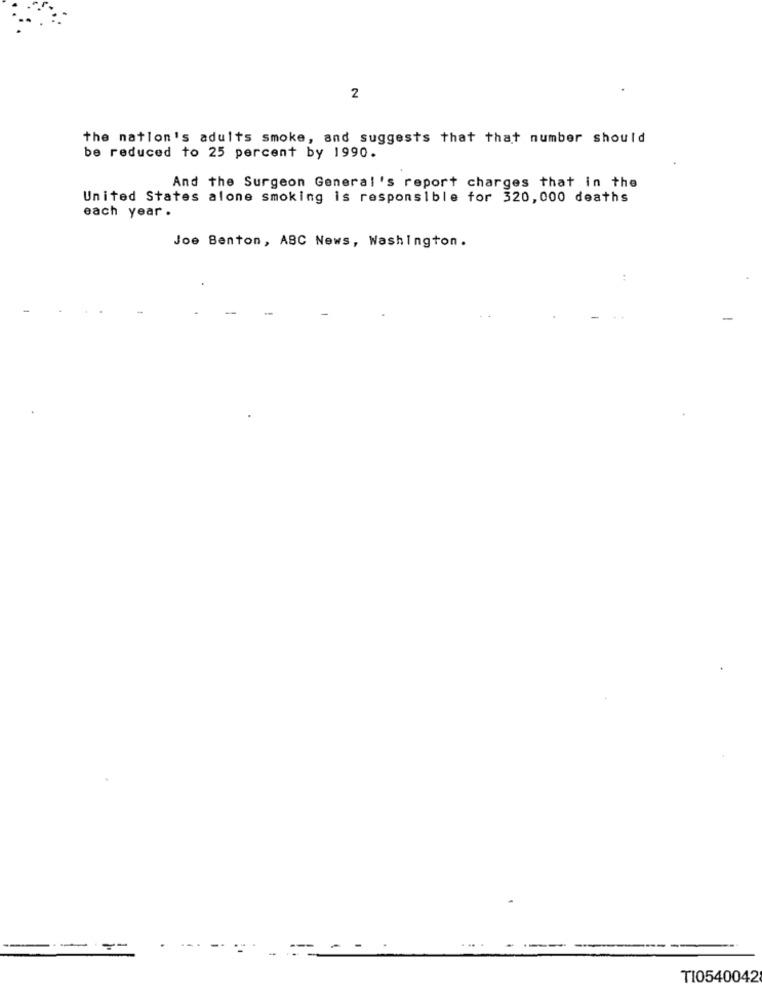
2
the nation's adults smoke, and suggests that that number should
be reduced to 25 percent by 1990.
And the Surgeon General 's report charges that in the
United States alone smoking is responsible for 320, 000 deaths
each year .
Joe Benton, ABC News, Washington .
TI0540042